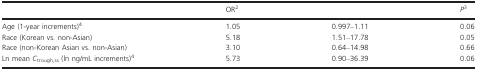
<table><thead><tr><td>[EMPTY_CELL]</td><td><b>OR2</b></td><td>[EMPTY_CELL]</td><td><b><i>P</i>3</b></td></tr></thead><tbody><tr><td>Age (1-year increments)4</td><td>1.05</td><td>0.997–1.11</td><td>0.06</td></tr><tr><td>Race (Korean vs. non-Asian)</td><td>5.18</td><td>1.51–17.78</td><td>0.05</td></tr><tr><td>Race (non-Korean Asian vs. non-Asian)</td><td>3.10</td><td>0.64–14.98</td><td>0.66</td></tr><tr><td>Ln mean <i>C</i><sub>trough,ss</sub> (ln ng/mL increments)4</td><td>5.73</td><td>0.90–36.39</td><td>0.06</td></tr></tbody></table>